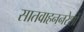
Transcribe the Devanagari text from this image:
सातवाहननरेशों